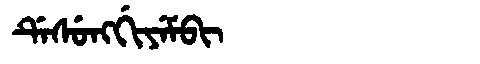
Manchu: ᡩᡝᠰᡠᠩᡤᡳᠶᡝᠮᠪᡳ
Romanization: DESUNGGIYEMBI